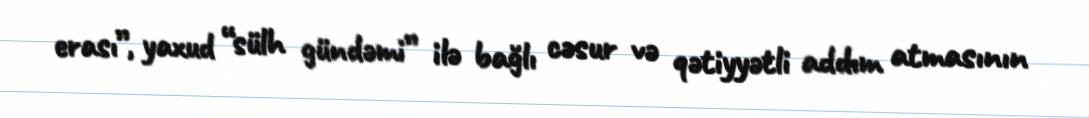
erası”, yaxud “sülh gündəmi” ilə bağlı cəsur və qətiyyətli addım atmasının